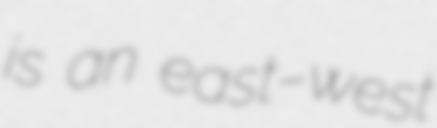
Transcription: is an east–west